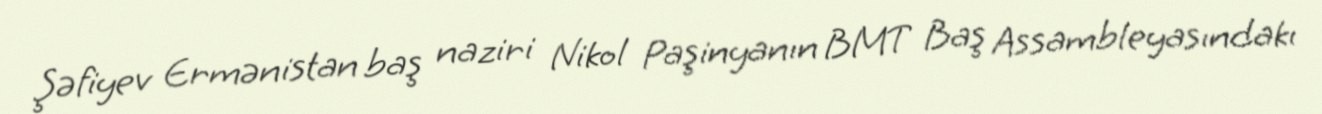
Şəfiyev Ermənistan baş naziri Nikol Paşinyanın BMT Baş Assambleyasındakı